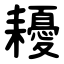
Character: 耰